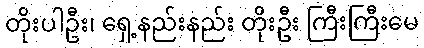
တိုးပါဦး၊ ရှေ့နည်းနည်း တိုးဦး ကြီးကြီးမေ